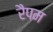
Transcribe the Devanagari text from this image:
रैपम